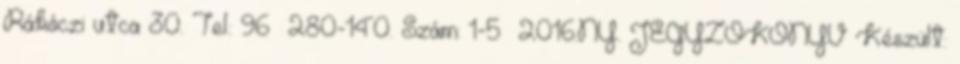
Rákóczi utca 30. Tel.: 96 280-140. Szám: 1-5 2016.NY. JEGYZŐKÖNYV Készült: